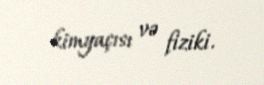
kimyaçısı və fiziki.